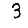
Digit: 3